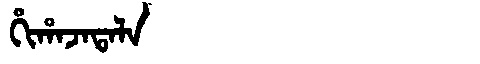
Manchu: ᡥᡳᡥᠠᠵᠠᡨᠠᠯᠠ
Romanization: HIHAJATALA